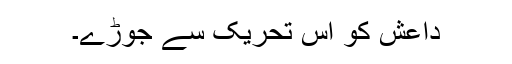
داعش کو اس تحریک سے جوڑے۔